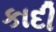
કાદી